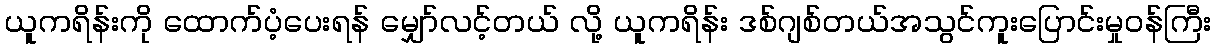
ယူကရိန်းကို ထောက်ပံ့ပေးရန် မျှော်လင့်တယ် လို့ ယူကရိန်း ဒစ်ဂျစ်တယ်အသွင်ကူးပြောင်းမှုဝန်ကြီး